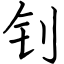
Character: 钊